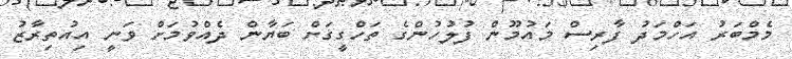
މެމްބަރު އަހްމަދު ފާރިސް މައުމޫން ފުލުހުންގެ ތަހްގީގަށް ބަޔާން ދެއްވުމަށް ވަނީ އިއުތިރާޒު